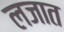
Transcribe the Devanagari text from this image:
लजात